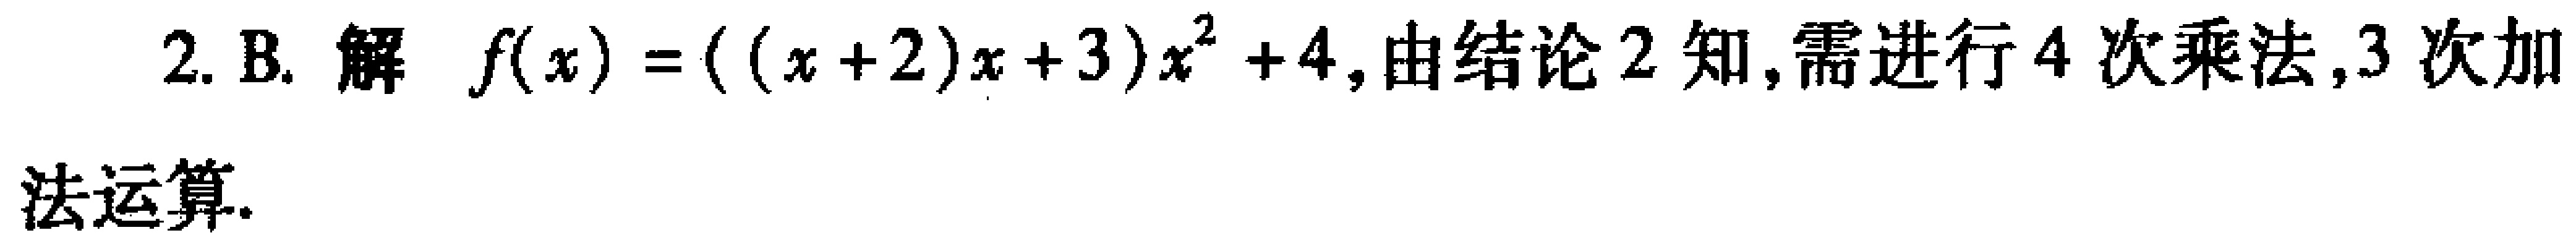
2. B. 解 \(f(x)=(((x + 2)x + 3)x^{2}+4\), 由结论 2 知, 需进行 4 次乘法, 3 次加法运算.